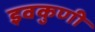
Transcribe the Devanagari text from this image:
इवकुणी